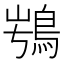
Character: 𩿭